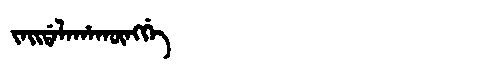
Manchu: ᠵᠠᡳᡩᠠᠯᠠᡥᠠᡴᡡᠩᡤᡝ
Romanization: JAIDALAHAKŪNGGE